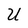
Character: U